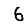
Digit: 6